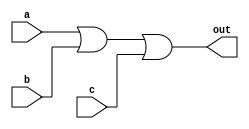
// https://hdlbits.01xz.net/wiki/Kmap1
module top_module(
    input a,
    input b,
    input c,
    output out  ); 
    
    assign out = a|b|c;

endmodule